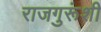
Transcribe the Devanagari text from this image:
राजगुरूंशी